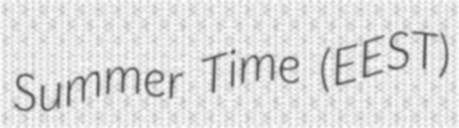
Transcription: Summer Time (EEST)